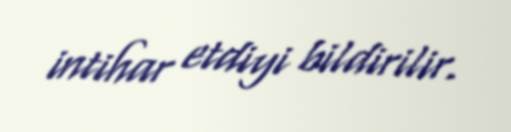
intihar etdiyi bildirilir.